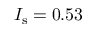
I _ { \mathrm { s } } = 0 . 5 3